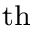
^ \mathrm { t h }